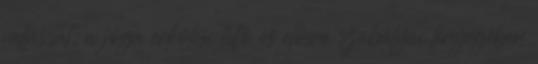
vallással; a jóga erkölcsi tiltó és előíró szabályai lényegében